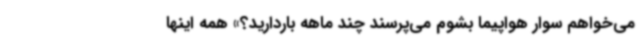
می‌خواهم سوار هواپیما بشوم می‌پرسند چند ماهه باردارید؟» همه اینها